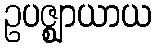
ဥပဇ္ဈာယာယ